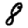
Digit: 8